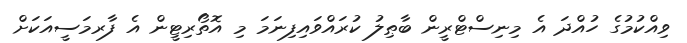
ވިއްކުމުގެ ހުއްދަ އެ މިނިސްޓްރީން ބާޠިލު ކުރައްވައިފިނަމަ މި އޮތޯރިޓީން އެ ފާރމަސީއަކަށް